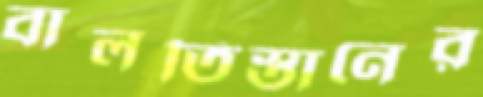
বালতিস্তানের